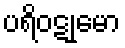
ပရိဝဋုမော